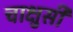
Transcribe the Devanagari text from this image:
चाक्षुसी